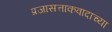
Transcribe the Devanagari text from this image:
प्रजासत्ताकवादाच्या